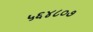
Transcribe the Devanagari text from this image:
५६४८०७